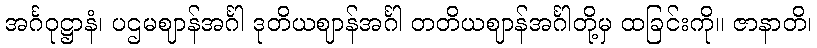
အင်္ဂဝုဋ္ဌာနံ၊ ပဌမဈာန်အင်္ဂါ ဒုတိယဈာန်အင်္ဂါ တတိယဈာန်အင်္ဂါတို့မှ ထခြင်းကို။ ဇာနာတိ၊